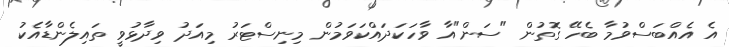
އެ އެއްބަސްވުމާ ބެހޭ ގޮތުން "ސަން"އާ ވާހަކަދައްކަވަމުން މިނިސްޓަރު މިއަދު ވިދާޅުވީ ތައިލެންޑާއެކު